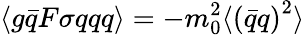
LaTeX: \langle g\bar{q}F\sigma qqq\rangle=-m_{0}^{2}\langle\left(\bar{q}q\right)^{2}\rangle